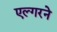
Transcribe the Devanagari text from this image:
एल्गरने